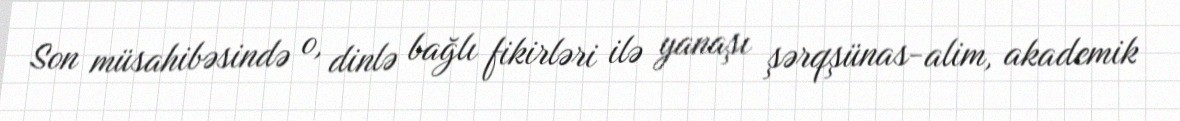
Son müsahibəsində o, dinlə bağlı fikirləri ilə yanaşı şərqşünas-alim, akademik